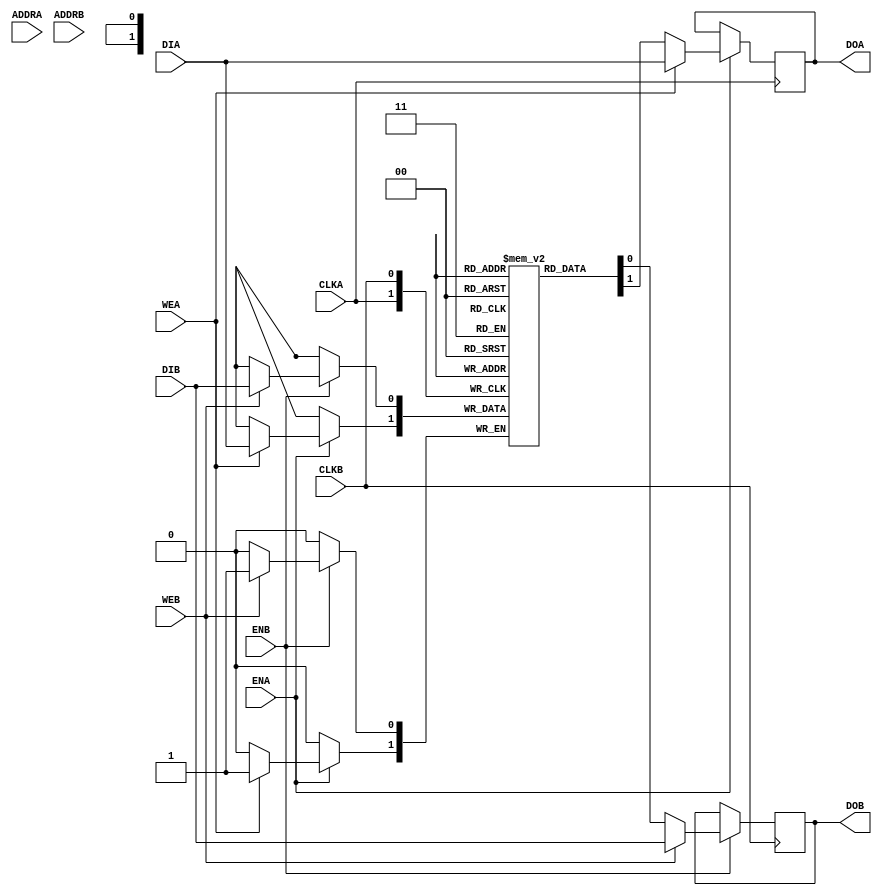
// Copyright (c) 2000-2011 Bluespec, Inc.

// Permission is hereby granted, free of charge, to any person obtaining a copy
// of this software and associated documentation files (the "Software"), to deal
// in the Software without restriction, including without limitation the rights
// to use, copy, modify, merge, publish, distribute, sublicense, and/or sell
// copies of the Software, and to permit persons to whom the Software is
// furnished to do so, subject to the following conditions:

// The above copyright notice and this permission notice shall be included in
// all copies or substantial portions of the Software.

// THE SOFTWARE IS PROVIDED "AS IS", WITHOUT WARRANTY OF ANY KIND, EXPRESS OR
// IMPLIED, INCLUDING BUT NOT LIMITED TO THE WARRANTIES OF MERCHANTABILITY,
// FITNESS FOR A PARTICULAR PURPOSE AND NONINFRINGEMENT. IN NO EVENT SHALL THE
// AUTHORS OR COPYRIGHT HOLDERS BE LIABLE FOR ANY CLAIM, DAMAGES OR OTHER
// LIABILITY, WHETHER IN AN ACTION OF CONTRACT, TORT OR OTHERWISE, ARISING FROM,
// OUT OF OR IN CONNECTION WITH THE SOFTWARE OR THE USE OR OTHER DEALINGS IN
// THE SOFTWARE.
//
// $Revision: 28325 $
// $Date: 2012-04-25 18:22:57 +0000 (Wed, 25 Apr 2012) $

`ifdef BSV_ASSIGNMENT_DELAY
`else
 `define BSV_ASSIGNMENT_DELAY
`endif

// Dual-Ported BRAM (WRITE FIRST) with byte enables
module BRAM2BE(CLKA,
               ENA,
               WEA,
               ADDRA,
               DIA,
               DOA,
               CLKB,
               ENB,
               WEB,
               ADDRB,
               DIB,
               DOB
              );

   parameter                      PIPELINED  = 0;
   parameter                      ADDR_WIDTH = 1;
   parameter                      DATA_WIDTH = 1;
   parameter                      CHUNKSIZE  = 1;
   parameter                      WE_WIDTH   = 1;
   parameter                      MEMSIZE    = 1;

   input                          CLKA;
   input                          ENA;
   input [WE_WIDTH-1:0]           WEA;
   input [ADDR_WIDTH-1:0]         ADDRA;
   input [DATA_WIDTH-1:0]         DIA;
   output [DATA_WIDTH-1:0]        DOA;

   input                          CLKB;
   input                          ENB;
   input [WE_WIDTH-1:0]           WEB;
   input [ADDR_WIDTH-1:0]         ADDRB;
   input [DATA_WIDTH-1:0]         DIB;
   output [DATA_WIDTH-1:0]        DOB;

   reg [DATA_WIDTH-1:0]           RAM[0:MEMSIZE-1] /* synthesis syn_ramstyle="no_rw_check" */ ;
   reg [DATA_WIDTH-1:0]           DOA_R;
   reg [DATA_WIDTH-1:0]           DOA_R2;
   reg [DATA_WIDTH-1:0]           DOB_R;
   reg [DATA_WIDTH-1:0]           DOB_R2;

   reg  [DATA_WIDTH-1:0]          DATA_A;
   wire [DATA_WIDTH-1:0]          DATA_Awr;
   reg  [DATA_WIDTH-1:0]          DATA_B;
   wire [DATA_WIDTH-1:0]          DATA_Bwr;

   assign DATA_Awr = RAM[ADDRA];
   assign DATA_Bwr = RAM[ADDRB];

`ifdef BSV_NO_INITIAL_BLOCKS
`else
   // synopsys translate_off
   integer                        i;
   initial
   begin : init_block
      for (i = 0; i < MEMSIZE; i = i + 1) begin
         RAM[i] = { ((DATA_WIDTH+1)/2) { 2'b10 } };
      end
      DOA_R  = { ((DATA_WIDTH+1)/2) { 2'b10 } };
      DOA_R2 = { ((DATA_WIDTH+1)/2) { 2'b10 } };
      DOB_R  = { ((DATA_WIDTH+1)/2) { 2'b10 } };
      DOB_R2 = { ((DATA_WIDTH+1)/2) { 2'b10 } };
   end
   // synopsys translate_on
`endif // !`ifdef BSV_NO_INITIAL_BLOCKS

   // PORT A

   // iverilog does not support the full verilog-2001 language.  This fixes that for simulation.
`ifdef __ICARUS__
   reg [DATA_WIDTH-1:0] MASKA, IMASKA;

   always @(WEA or DIA or DATA_Awr) begin : combo1
      integer j;
      MASKA  = 0;
      IMASKA = 0;

      for(j = WE_WIDTH-1; j >= 0; j = j - 1) begin
         if (WEA[j]) MASKA = (MASKA << 8) | { { DATA_WIDTH-CHUNKSIZE { 1'b0 } }, { CHUNKSIZE { 1'b1 } } };
         else        MASKA = (MASKA << 8);
      end
      IMASKA = ~MASKA;

      DATA_A = (DATA_Awr & IMASKA) | (DIA & MASKA);
   end

`else
   always @(WEA or DIA or DATA_Awr) begin : combo1
      integer j;
      // DATA_A = 0; // While this line is better coding sytle, it leads to incorrect synthsis for some tools
      for(j = 0; j < WE_WIDTH; j = j + 1) begin
         if (WEA[j]) DATA_A[j*CHUNKSIZE +: CHUNKSIZE] = DIA[j*CHUNKSIZE +: CHUNKSIZE];
         else        DATA_A[j*CHUNKSIZE +: CHUNKSIZE] = DATA_Awr[j*CHUNKSIZE +: CHUNKSIZE];
      end
   end
`endif // !`ifdef __ICARUS__

   always @(posedge CLKA) begin
      if (ENA) begin
         if (|WEA) begin
            RAM[ADDRA] <= `BSV_ASSIGNMENT_DELAY DATA_A;
            DOA_R <= `BSV_ASSIGNMENT_DELAY DATA_A;
         end
         else begin
            DOA_R <= `BSV_ASSIGNMENT_DELAY RAM[ADDRA];
         end
      end
      DOA_R2 <= `BSV_ASSIGNMENT_DELAY DOA_R;
   end

   // PORT B

   // iverilog does not support the full verilog-2001 language.  This fixes that for simulation.
`ifdef __ICARUS__
   reg [DATA_WIDTH-1:0] MASKB, IMASKB;

   always @(WEB or DIB or DATA_Bwr) begin : combo2
      integer j;
      MASKB  = 0;
      IMASKB = 0;

      for(j = WE_WIDTH-1; j >= 0; j = j - 1) begin
         if (WEB[j]) MASKB = (MASKB << 8) | { { DATA_WIDTH-CHUNKSIZE { 1'b0 } }, { CHUNKSIZE { 1'b1 } } };
         else        MASKB = (MASKB << 8);
      end
      IMASKB = ~MASKB;

      DATA_B = (DATA_Bwr & IMASKB) | (DIB & MASKB);
   end

`else
   always @(WEB or DIB or DATA_Bwr) begin : combo2
      integer j;
      // DATA_B = 0; // While this line is better coding sytle, it leads to incorrect synthsis for some tools
      for(j = 0; j < WE_WIDTH; j = j + 1) begin
         if (WEB[j]) DATA_B[j*CHUNKSIZE +: CHUNKSIZE] = DIB[j*CHUNKSIZE +: CHUNKSIZE];
         else        DATA_B[j*CHUNKSIZE +: CHUNKSIZE] = DATA_Bwr[j*CHUNKSIZE +: CHUNKSIZE];
      end
   end
`endif // !`ifdef __ICARUS__

   always @(posedge CLKB) begin
      if (ENB) begin
         if (|WEB) begin
            RAM[ADDRB] <= `BSV_ASSIGNMENT_DELAY DATA_B;
            DOB_R <= `BSV_ASSIGNMENT_DELAY DATA_B;
         end
         else begin
            DOB_R <= `BSV_ASSIGNMENT_DELAY RAM[ADDRB];
         end
      end
      DOB_R2 <= `BSV_ASSIGNMENT_DELAY DOB_R;
   end

   // Output drivers
   assign DOA = (PIPELINED) ? DOA_R2 : DOA_R;
   assign DOB = (PIPELINED) ? DOB_R2 : DOB_R;

endmodule // BRAM2BE